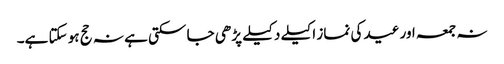
نہ جمعہ اور عید کی نماز اکیلے دکیلے پڑھی جا سکتی ہے نہ حج ہو سکتا ہے۔